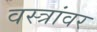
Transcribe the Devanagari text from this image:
वस्त्रांवर